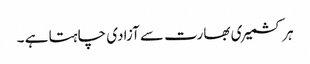
ہر کشمیری بھارت سے آزادی چاہتا ہے ۔